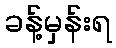
ခန့်မှန်းရ